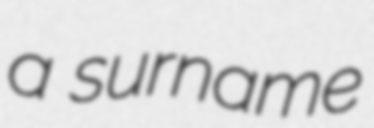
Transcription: a surname